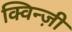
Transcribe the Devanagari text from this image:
क्विन्ज़ी